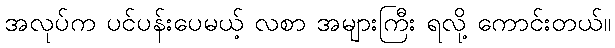
အလုပ်က ပင်ပန်းပေမယ့် လစာ အများကြီး ရလို့ ကောင်းတယ်။